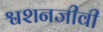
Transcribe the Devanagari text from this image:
श्वशनजीवी